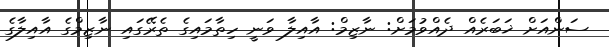
ސަންއަށް ޚަބަރެއް ދެއްވުމަށް: ނާޒިމް: އާއިލާ ވަނީ ހިތާމައިގެ ތެރޭގައި ނާޒިމްގެ އާއިލާގެ